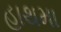
હાથમા